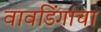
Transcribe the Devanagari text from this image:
वावडिंगाचा